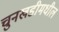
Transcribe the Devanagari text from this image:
चुनखडीमधील